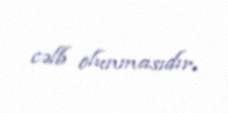
cəlb olunmasıdır.